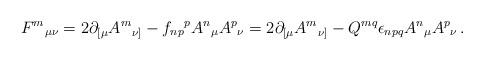
LaTeX: \begin{align*}F^{m}{}_{\mu\nu} = 2\partial_{[\mu}A^{m}{}_{\nu]} -f_{np}{}^{p}A^{n}{}_{\mu}A^{p}{}_{\nu}= 2\partial_{[\mu}A^{m}{}_{\nu]} -Q^{mq}\epsilon_{npq}A^{n}{}_{\mu}A^{p}{}_{\nu}\, .\end{align*}